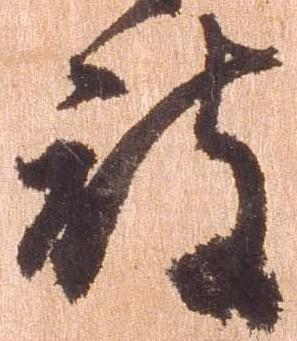
被